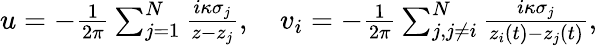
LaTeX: \begin{array}{r}{u=-\frac{1}{2\pi}\sum_{j=1}^{N}\frac{i\kappa\sigma_{j}}{z-z_{j}},\quad v_{i}=-\frac{1}{2\pi}\sum_{j,j\neq i}^{N}\frac{i\kappa\sigma_{j}}{z_{i}(t)-z_{j}(t)},}\end{array}